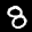
Label: 8